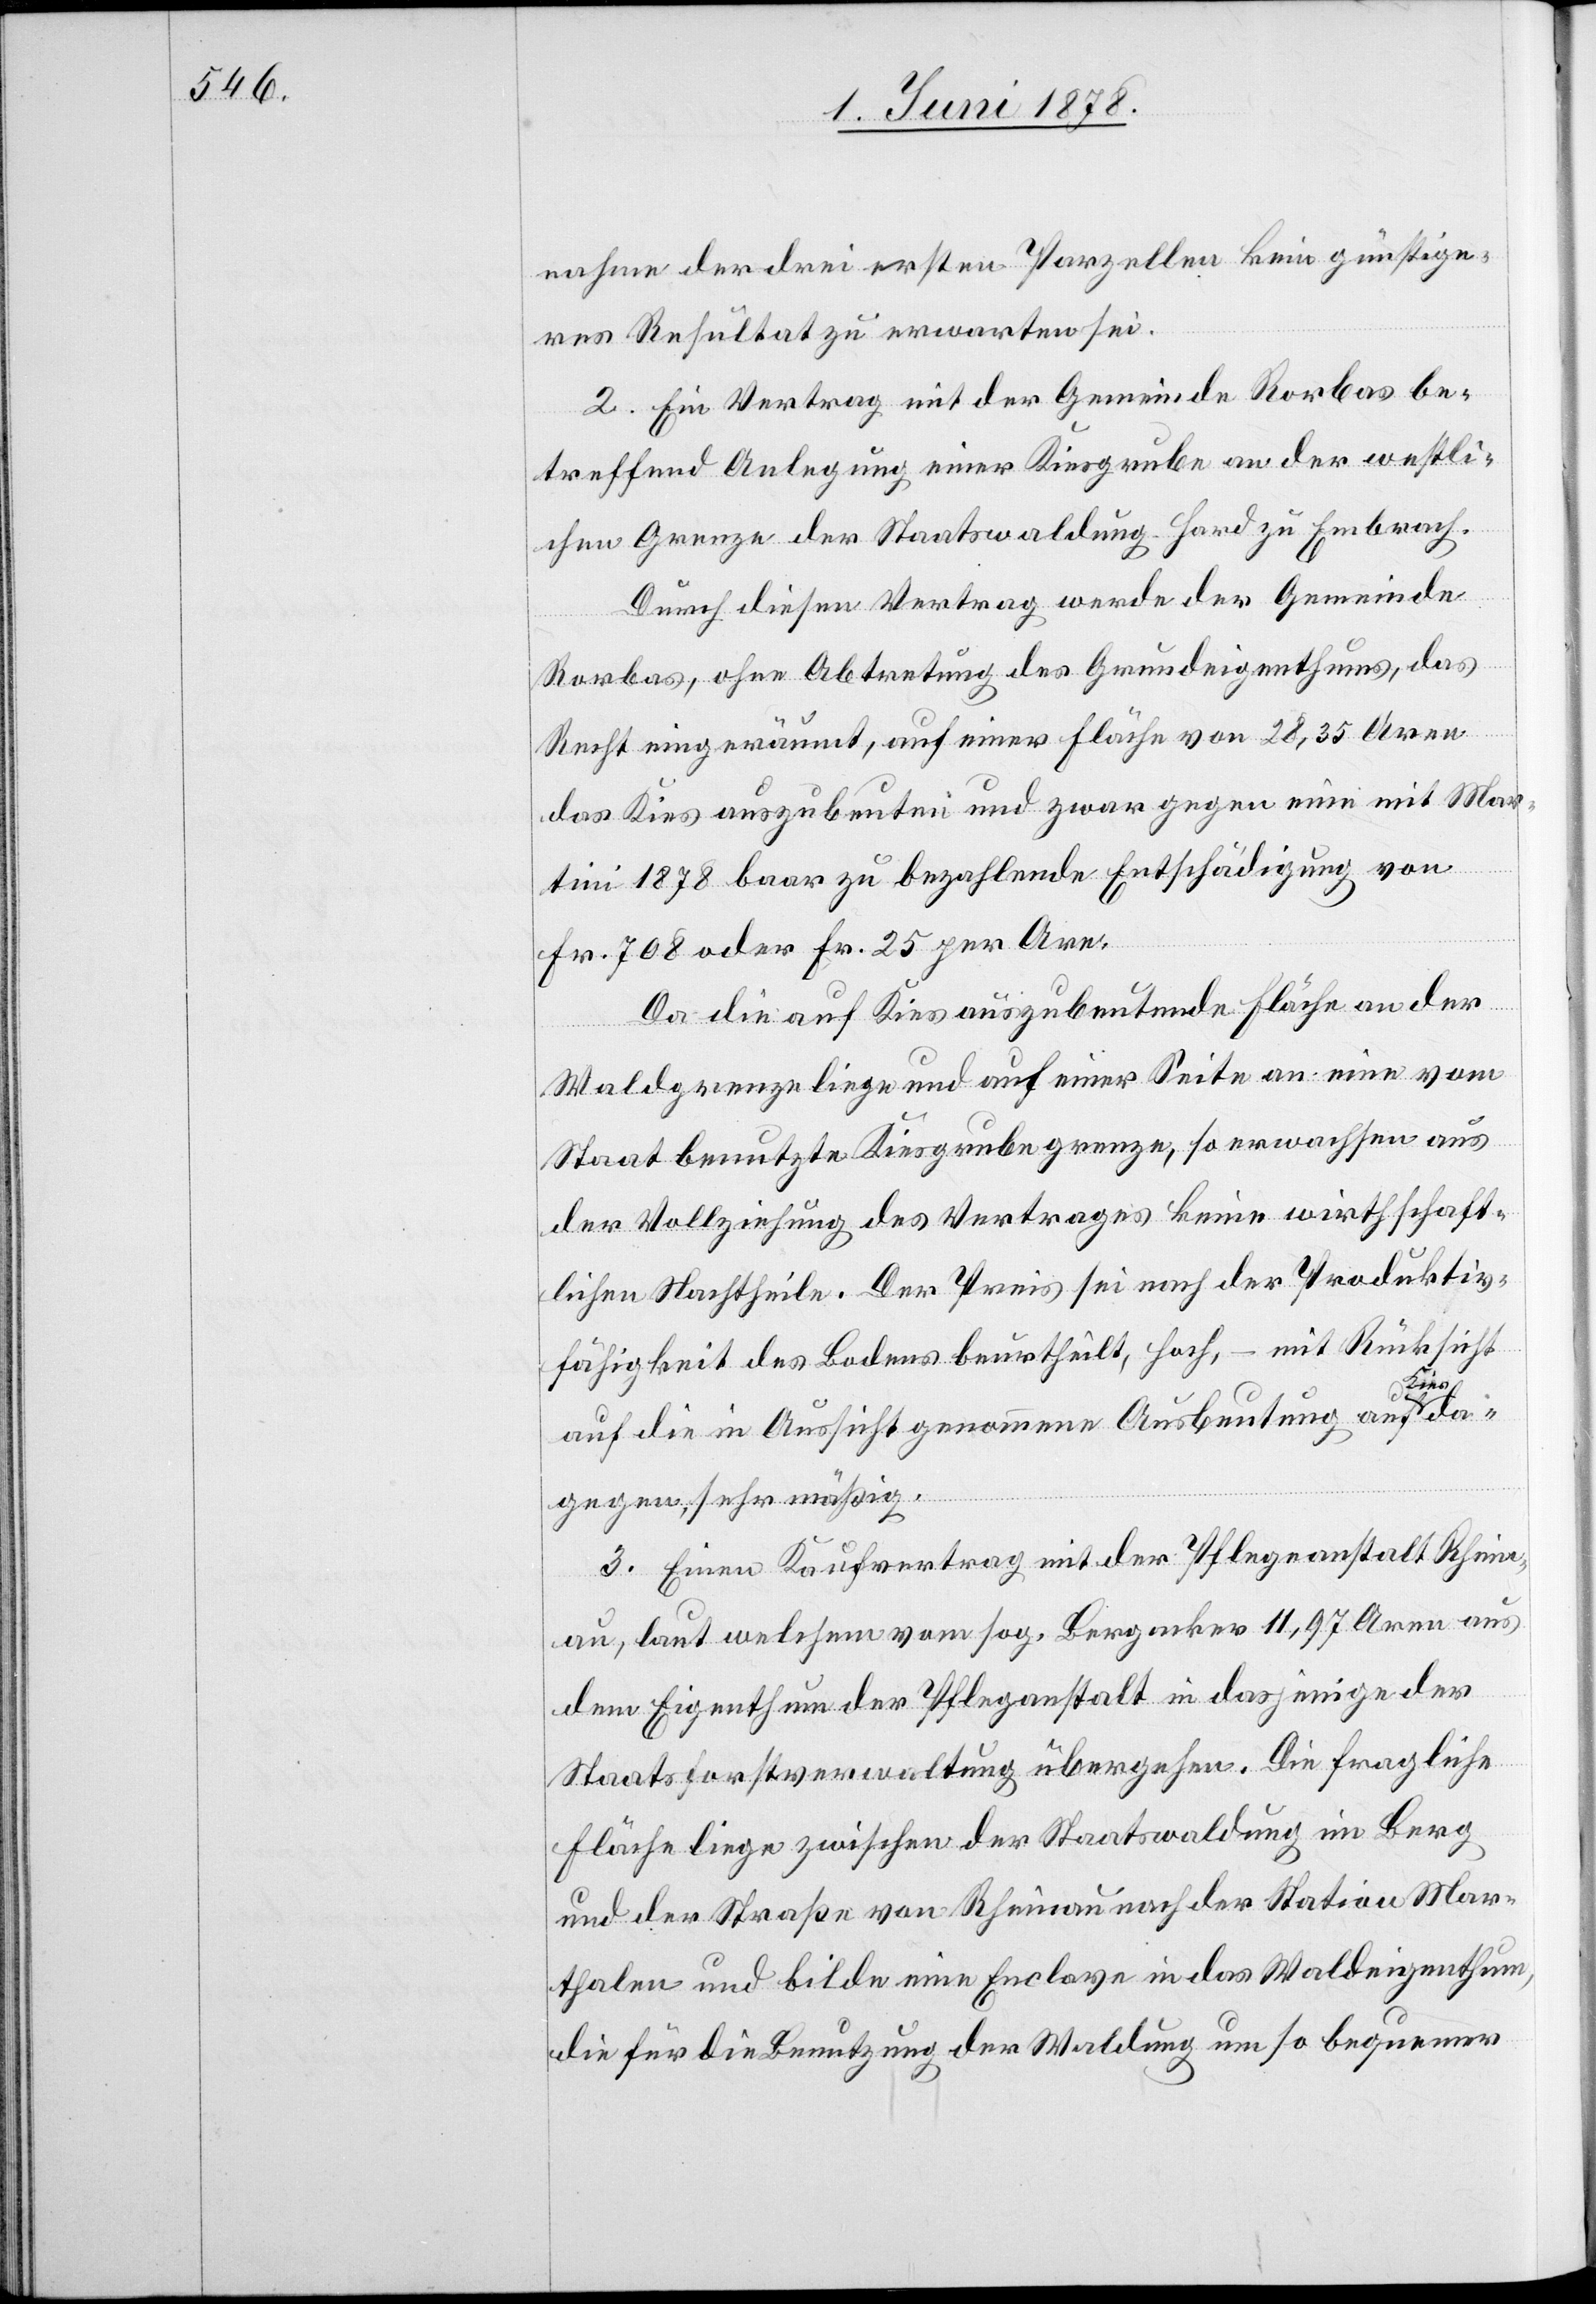
nahme der drei ersten Parzellen kein günstige¬
res Resultat zu erwarten sei.
2. Ein Vertrag mit der Gemeinde Rorbas be¬
treffend Anlegung einer Kiesgrube an der westli¬
chen Grenze der Staatswaldung Hard zu Embrach.
Durch diesen Vertrag werde der Gemeinde
Rorbas, ohne Abtretung des Grundeigenthums, das
Recht eingeräumt, auf einer Fläche von 28,35 Aren
das Kies auszubeuten und zwar gegen eine mit Mar¬
tini 1878 baar zu bezahlende Entschädigung von
Fr. 708 oder Fr. 25 per Are.
Da die auf Kies auszubeutende Fläche an der
ies da¬
Waldgrenze liege und auf einer Seite an eine vom
Staat benutzte Kiesgrube grenze, so erwachsen aus
der Vollziehung des Vertrages keine wirthschaft¬
lichen Nachtheile. Der Preis sei nach der Produktiv¬
fähigkeit des Bodens beurtheilt, hoch, – mit Rücksicht
auf die in Aussicht genommene Ausbeutung auf K¬
gegen, sehr mäßig.
3. Einen Kaufvertrag mit der Pflegeanstalt Rhein¬
au, laut welchem vom sog. Bergacker 11,97 Aren aus
dem Eigenthum der Pfleganstalt in dasjenige der
Staatsforstverwaltung übergehen. Die fragliche
Fläche liege zwischen der Staatswaldung im Berg
und der Straße von Rheinau nach der Station Mar¬
thalen und bilde eine Enclave in das Waldeigenthum,
die für die Benutzung der Waldung um so bequemer